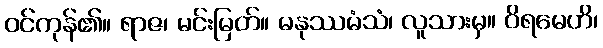
ဝင်ကုန်၏။ ရာဇ၊ မင်းမြတ်။ မနုဿမံသံ၊ လူသားမှ။ ဝိရမေဟိ၊